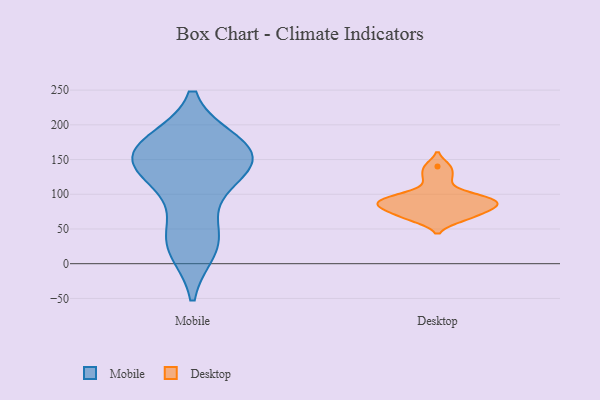
{"axis": {"x": "Active Users", "y": "Value"}, "legend": ["Desktop", "Mobile"], "data": [{"x": "", "y": 41, "type": "Mobile"}, {"x": "", "y": 157, "type": "Mobile"}, {"x": "", "y": 150, "type": "Mobile"}, {"x": "", "y": 172, "type": "Mobile"}, {"x": "", "y": 158, "type": "Mobile"}, {"x": "", "y": 31, "type": "Mobile"}, {"x": "", "y": 113, "type": "Mobile"}, {"x": "", "y": 165, "type": "Mobile"}, {"x": "", "y": 23, "type": "Mobile"}, {"x": "", "y": 126, "type": "Mobile"}, {"x": "", "y": 158, "type": "Mobile"}, {"x": "", "y": 84, "type": "Desktop"}, {"x": "", "y": 123, "type": "Desktop"}, {"x": "", "y": 88, "type": "Desktop"}, {"x": "", "y": 140, "type": "Desktop"}, {"x": "", "y": 101, "type": "Desktop"}, {"x": "", "y": 93, "type": "Desktop"}, {"x": "", "y": 64, "type": "Desktop"}, {"x": "", "y": 67, "type": "Desktop"}, {"x": "", "y": 81, "type": "Desktop"}, {"x": "", "y": 77, "type": "Desktop"}, {"x": "", "y": 94, "type": "Desktop"}]}